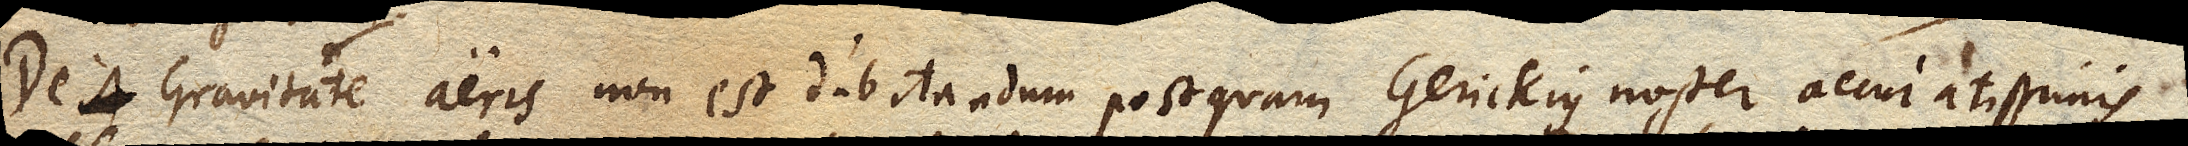
De Gravitate aeris non est dubitandum postquam Gerickius noster accuratissimis